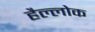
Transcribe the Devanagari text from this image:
हैल्लोक